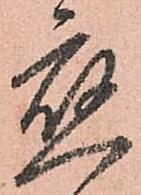
應